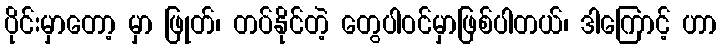
ပိုင်းမှာတော့ မှာ ဖြုတ်၊ တပ်နိုင်တဲ့ တွေပါဝင်မှာဖြစ်ပါတယ်၊ ဒါကြောင့် ဟာ